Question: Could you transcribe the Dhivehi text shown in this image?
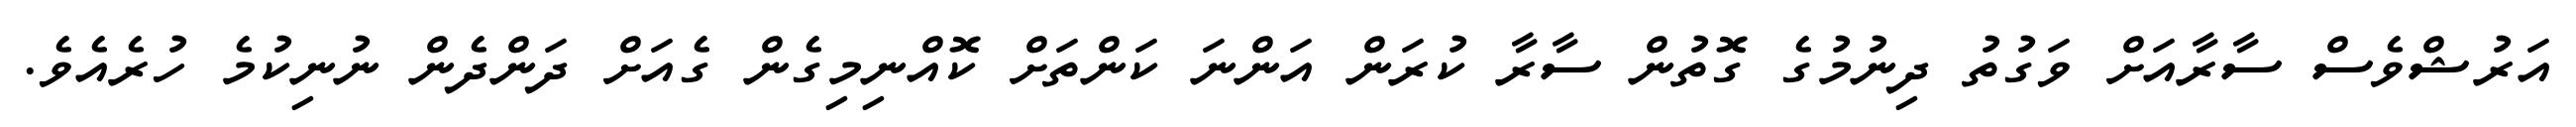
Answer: އަރުޝްވެސް ސާރާއަށް ވަގުތު ދިނުމުގެ ގޮތުން ސާރާ ކުރަން އަންނަ ކަންތަށް ކޮއްނިމިގެން ގެއަށް ދަންދެން ނުނިކުމެ ހުރެއެވެ.